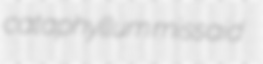
cataphyllum missaid